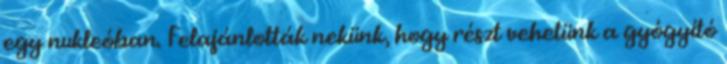
egy nukleóban. Felajánlották nekünk, hogy részt vehetünk a gyógyító